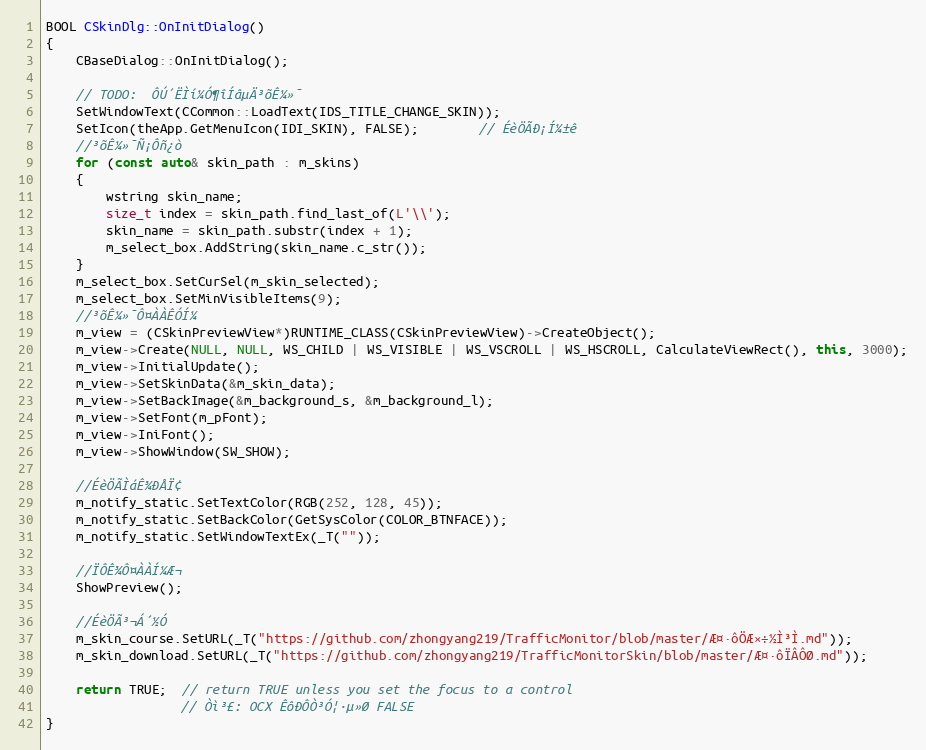
Language: C++
BOOL CSkinDlg::OnInitDialog()
{
	CBaseDialog::OnInitDialog();

	// TODO:  ÔÚ´ËÌí¼Ó¶îÍâµÄ³õÊ¼»¯
	SetWindowText(CCommon::LoadText(IDS_TITLE_CHANGE_SKIN));
	SetIcon(theApp.GetMenuIcon(IDI_SKIN), FALSE);		// ÉèÖÃÐ¡Í¼±ê
	//³õÊ¼»¯Ñ¡Ôñ¿ò
	for (const auto& skin_path : m_skins)
	{
		wstring skin_name;
		size_t index = skin_path.find_last_of(L'\\');
		skin_name = skin_path.substr(index + 1);
		m_select_box.AddString(skin_name.c_str());
	}
	m_select_box.SetCurSel(m_skin_selected);
	m_select_box.SetMinVisibleItems(9);
	//³õÊ¼»¯Ô¤ÀÀÊÓÍ¼
	m_view = (CSkinPreviewView*)RUNTIME_CLASS(CSkinPreviewView)->CreateObject();
	m_view->Create(NULL, NULL, WS_CHILD | WS_VISIBLE | WS_VSCROLL | WS_HSCROLL, CalculateViewRect(), this, 3000);
	m_view->InitialUpdate();
	m_view->SetSkinData(&m_skin_data);
	m_view->SetBackImage(&m_background_s, &m_background_l);
	m_view->SetFont(m_pFont);
	m_view->IniFont();
	m_view->ShowWindow(SW_SHOW);

	//ÉèÖÃÌáÊ¾ÐÅÏ¢
	m_notify_static.SetTextColor(RGB(252, 128, 45));
	m_notify_static.SetBackColor(GetSysColor(COLOR_BTNFACE));
	m_notify_static.SetWindowTextEx(_T(""));

	//ÏÔÊ¾Ô¤ÀÀÍ¼Æ¬
	ShowPreview();

	//ÉèÖÃ³¬Á´½Ó
	m_skin_course.SetURL(_T("https://github.com/zhongyang219/TrafficMonitor/blob/master/Æ¤·ôÖÆ×÷½Ì³Ì.md"));
	m_skin_download.SetURL(_T("https://github.com/zhongyang219/TrafficMonitorSkin/blob/master/Æ¤·ôÏÂÔØ.md"));

	return TRUE;  // return TRUE unless you set the focus to a control
				  // Òì³£: OCX ÊôÐÔÒ³Ó¦·µ»Ø FALSE
}